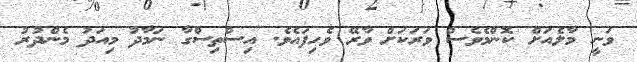
ވަނީ މާލެއަށް ކޮންމެވެސް ވަރަކަށް ވާރޭ ވެހިފައެވެ. އިސްތިސްގާ ނަމާދު މިއަދު މެންދުރު